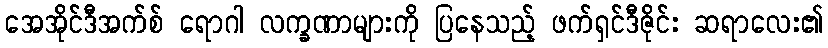
အေအိုင်ဒီအက်စ် ရောဂါ လက္ခဏာများကို ပြနေသည့် ဖက်ရှင်ဒီဇိုင်း ဆရာလေး၏